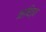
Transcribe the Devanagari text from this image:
ऋषित्व